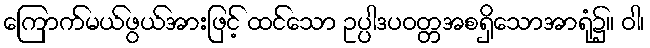
ကြောက်မယ်ဖွယ်အားဖြင့် ထင်သော ဥပ္ပါဒပဝတ္တအစရှိသောအာရုံ၌။ ဝါ၊